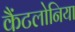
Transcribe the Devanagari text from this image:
कैंटलोनिया